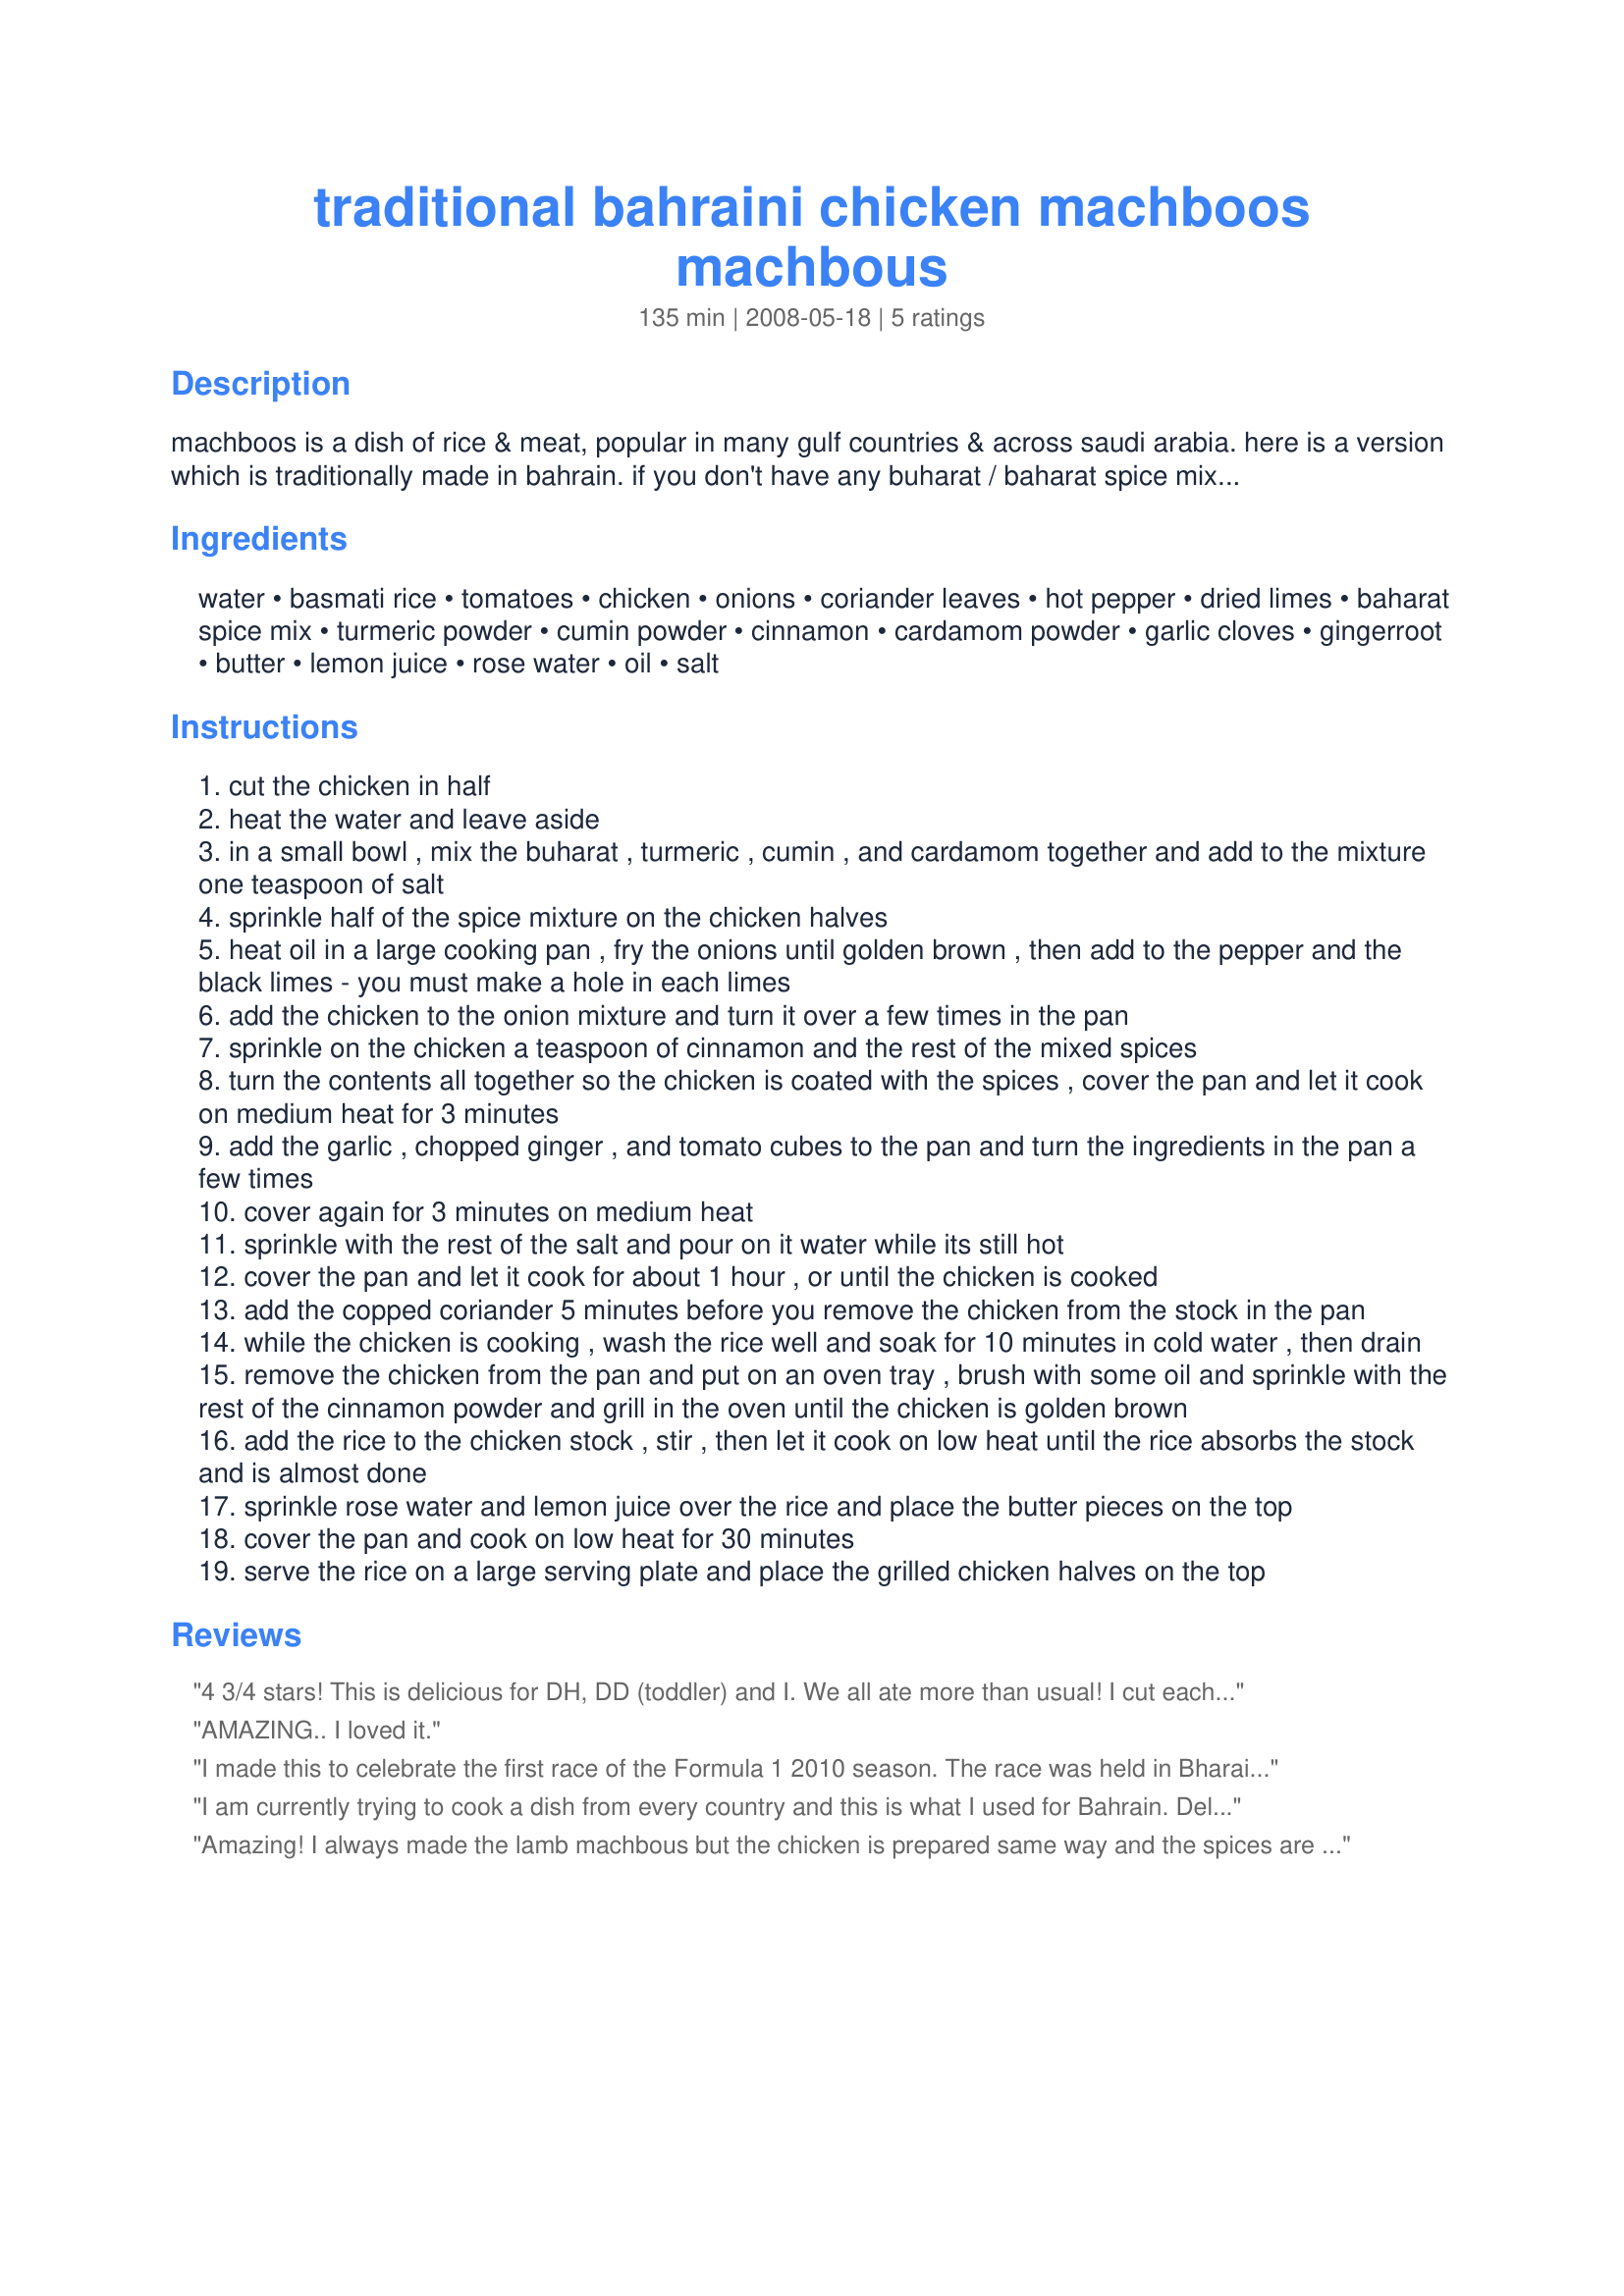
traditional bahraini chicken machboos machbous
Preparation time: 135 minutes

machboos is a dish of rice & meat, popular in many gulf countries & across saudi arabia. here is a version which is traditionally made in bahrain. if you don't have any buharat / baharat spice mix, there are a few here on zaar to choose from. if you don't want to use a whole chicken, your favourite pieces would be fine too!

Ingredients:
water, basmati rice, tomatoes, chicken, onions, coriander leaves, hot pepper, dried limes, baharat spice mix, turmeric powder, cumin powder, cinnamon, cardamom powder, garlic cloves, gingerroot, butter, lemon juice, rose water, oil, salt

Steps:
cut the chicken in half
heat the water and leave aside
in a small bowl , mix the buharat , turmeric , cumin , and cardamom together and add to the mixture one teaspoon of salt
sprinkle half of the spice mixture on the chicken halves
heat oil in a large cooking pan , fry the onions until golden brown , then add to the pepper and the black limes - you must make a hole in each limes
add the chicken to the onion mixture and turn it over a few times in the pan
sprinkle on the chicken a teaspoon of cinnamon and the rest of the mixed spices
turn the contents all together so the chicken is coated with the spices , cover the pan and let it cook on medium heat for 3 minutes
add the garlic , chopped ginger , and tomato cubes to the pan and turn the ingredients in the pan a few times
cover again for 3 minutes on medium heat
sprinkle with the rest of the salt and pour on it water while its still hot
cover the pan and let it cook for about 1 hour , or until the chicken is cooked
add the copped coriander 5 minutes before you remove the chicken from the stock in the pan
while the chicken is cooking , wash the rice well and soak for 10 minutes in cold water , then drain
remove the chicken from the pan and put on an oven tray , brush with some oil and sprinkle with the rest of the cinnamon powder and grill in the oven until the chicken is golden brown
add the rice to the chicken stock , stir , then let it cook on low heat until the rice absorbs the stock and is almost done
sprinkle rose water and lemon juice over the rice and place the butter pieces on the top
cover the pan and cook on low heat for 30 minutes
serve the rice on a large serving plate and place the grilled chicken halves on the top

Reviews:
4 3/4 stars! This is delicious for DH, DD (toddler) and I. We all ate more than usual! I cut each spice down by a little I think. The rice is very flavourful. I used a good canned plum tomatoes, an extra clove of garlic and would probably do so again, I did not use green hot pepper as we don't enjoy hot spicy and less cinnamon as I did not add any to brown the chicken in the oven as I didn't find a need to do the oven part as the chicken was already cooked and may have become too dry doing that. I used Iranian rose water which I find to be superior in all aspects, sea salt and the rest of the ingredients. I will make this again with a fresh salad and sauce containing fried okra (bamia) or frozen okra thrown into the dish part way through as I did once. Just don't put it in for the full time or it disintegrates.
AMAZING.. I loved it.
I made this to celebrate the first race of the Formula 1 2010 season. The race was held in Bharain, so I searched for a traditional Bahrainian dish and yours came up...thank you so much for posting this. What a fabulous dish, the flavours were fresh, light and so different to any I have tried so far! I didn't have black dried limes so used fresh ones, but followed the recipe exactly as stated and it was wonderful. I used diced chicken as the family are not into bones but it made no difference, the chicken pieces browned beautifully and almost caramelized. All the different flavours from the limes, rose water, coriander and spices etc just burst forward at each mouthful. I used #224763 . I will definitely do this dish again and again!
I am currently trying to cook a dish from every country and this is what I used for Bahrain. Delicious! I recommend using bone-in chicken, otherwise it can dry out.<br/><br/>http://hetzelkitchen.blogspot.com/2011/02/bahrain.html
Amazing! I always made the lamb machbous but the chicken is prepared same way and the spices are just right!
